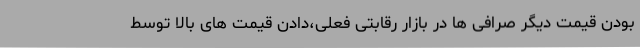
بودن قیمت دیگر صرافی ها در بازار رقابتی فعلی،دادن قیمت های بالا توسط